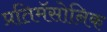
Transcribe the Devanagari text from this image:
प्रतिमॅसोनिक